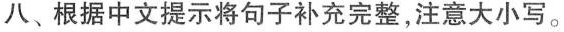
八、根据中文提示将句子补充完整，注意大小写。